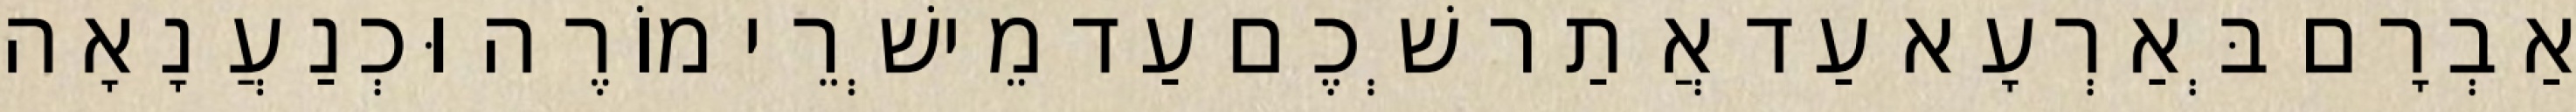
אַבְרָם בְּאַרְעָא עַד אֲתַר שְׁכֶם עַד מֵישְׁרֵי מוֹרֶה וּכְנַעֲנָאָה